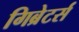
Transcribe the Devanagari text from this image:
गिब्रेटर्स